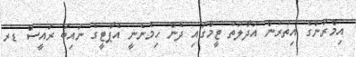
އިމްރާންގެ އިތުރުން އަދާލަތު ޓީމްގައި ދެން ހިމެނެނީ އެޕާޓީގެ ނައިބު ރައީސް ޑރ